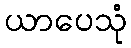
ယာပေသုံ